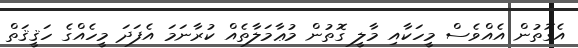
އެގޮތުން އެއްވެސް މީހަކާއި މާލީ ގޮތުން މުޢާމަލާތެއް ކުރާނަމަ އެފަދަ މީހެއްގެ ހަޤީޤަތް